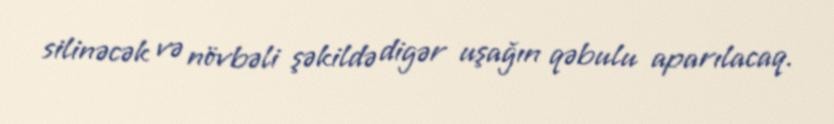
silinəcək və növbəli şəkildə digər uşağın qəbulu aparılacaq.